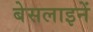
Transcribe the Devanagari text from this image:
बेसलाइनें